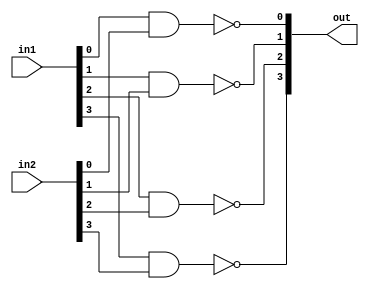
module Nander(in1, in2, out);
    parameter n = 4;
    input[n - 1 : 0] in1, in2;
    output reg[n - 1 : 0] out;
    integer i = 0;
    always @* begin
        for(i = 0; i < n; i = i + 1) begin
            out[i] = ~(in1[i] & in2[i]);
        end
    end
endmodule